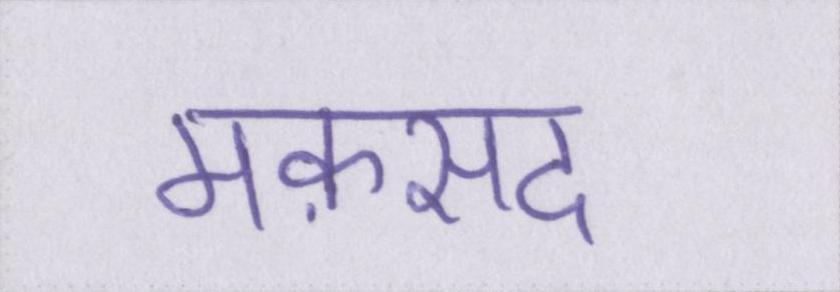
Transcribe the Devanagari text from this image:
मक़सद